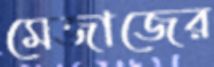
মেজাজের